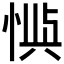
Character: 𫺙